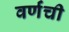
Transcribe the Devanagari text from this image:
वर्णंची